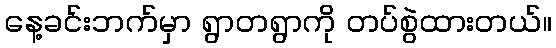
နေ့ခင်းဘက်မှာ ရွာတရွာကို တပ်စွဲထားတယ်။